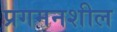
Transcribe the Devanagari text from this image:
प्रगमनशील